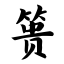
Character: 篑